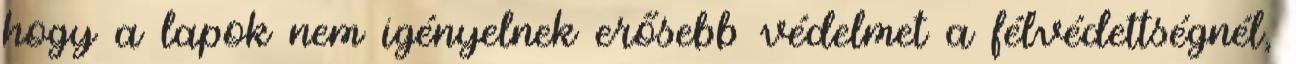
hogy a lapok nem igényelnek erősebb védelmet a félvédettségnél,